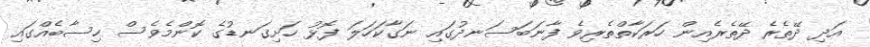
އަދި ދޭތެރެ ދޭތެރެއިން ހަރަކާތްތެރިވެ ފާނަބަސަނދުގައި ނަގާކަހަލަ ފޮޅު ހަށިގަނޑުގެ ކޮންމެވެސް ހިސާބެއްގައި